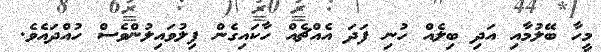
މީހާ ބޭލުމާއި އަދި ބިލެއް ހުނި ފަދަ އެއްޗެއް ހާކައިގެން ފިލުވައިލުންވެސް ހުއްދައެވެ.